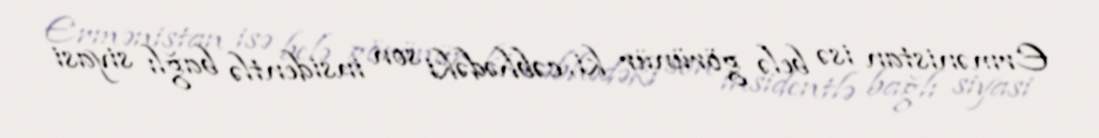
Ermənistan isə belə görünür ki, cəbhədəki son insidentlə bağlı siyasi